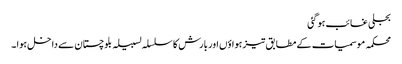
بجلی غائب ہو گئی
محکمہ موسمیات کے مطابق تیز ہواؤں اور بارش کا سلسلہ لسبیلہ بلوچستان سے داخل ہوا ۔